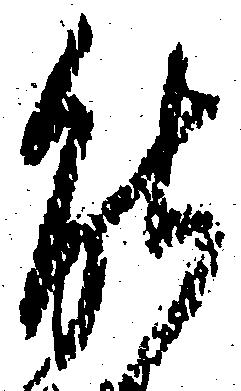
能